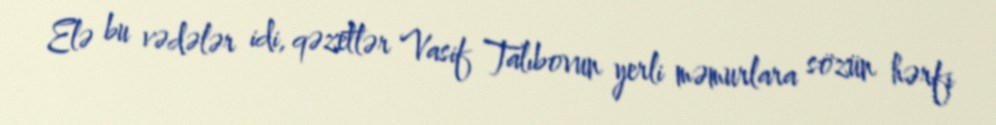
Elə bu vədələr idi, qəzetlər Vasif Talıbovun yerli məmurlara sözün hərfi